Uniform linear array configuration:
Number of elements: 16
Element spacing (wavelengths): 0.5
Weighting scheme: hamming
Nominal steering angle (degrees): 45
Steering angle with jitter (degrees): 45.679
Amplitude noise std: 0.05
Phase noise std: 0.05

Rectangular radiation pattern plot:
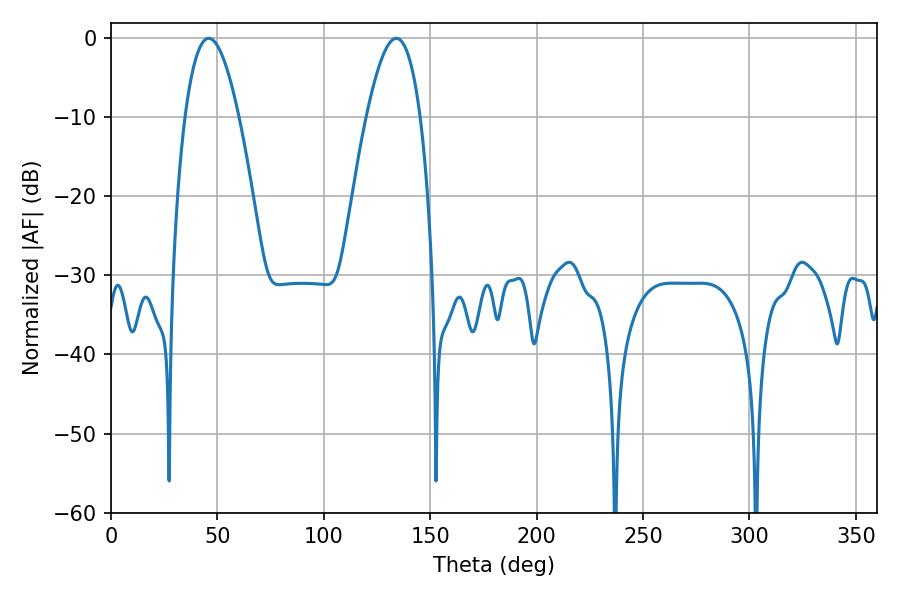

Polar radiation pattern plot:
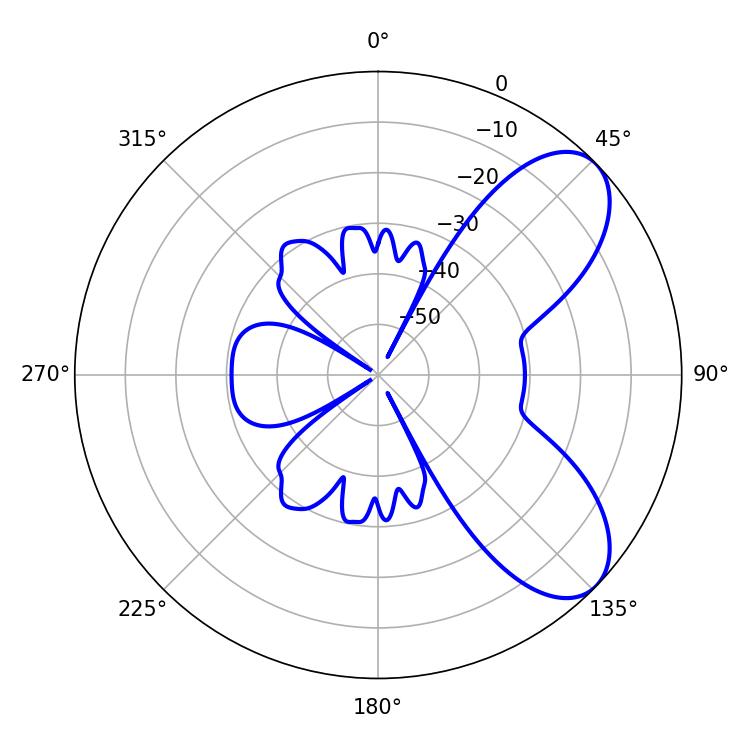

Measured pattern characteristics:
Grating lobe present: FALSE
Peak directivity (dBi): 7.247
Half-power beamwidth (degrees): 13.86
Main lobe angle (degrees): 45.9